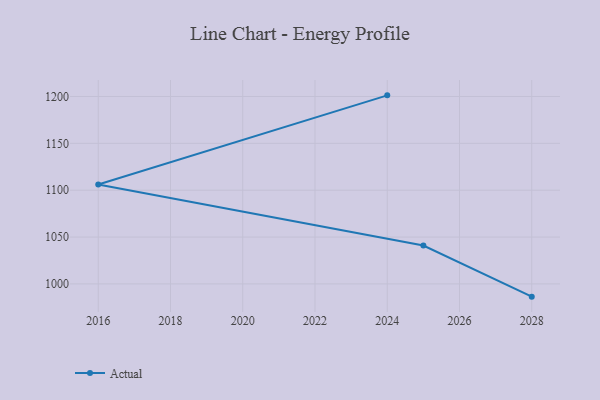
{"axis": {"x": "Year", "y": "Revenue (USD Million)"}, "legend": ["Actual"], "data": [{"x": "2028", "y": 986.4, "type": "Actual"}, {"x": "2025", "y": 1041.0, "type": "Actual"}, {"x": "2016", "y": 1106.0, "type": "Actual"}, {"x": "2024", "y": 1201.2, "type": "Actual"}]}